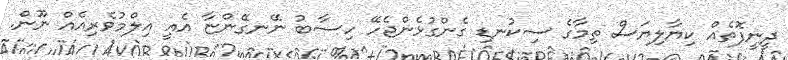
ދީނީފޮތެއް ކިޔާލިޔަސް ތިމާގެ ސިކުނޑި ގެންގުޅެންޖެހޭ ހިސާބު ނޭނގޭންޏާ އެއީ އިލްމުވެރިއެއް ނޫން.